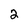
Character: 2